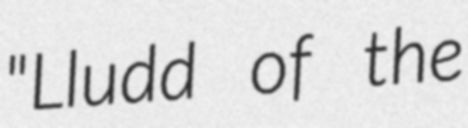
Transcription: "Lludd of the